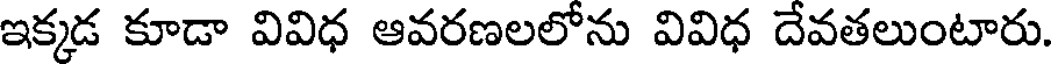
ఇక్కడ కూడా వివిధ ఆవరణలలోను వివిధ దేవతలుంటారు